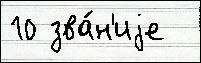
10 зва́н'иjе